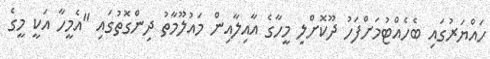
ހައްޔަރުގައި ބެހެއްޓުމަށްފަހު ދޫކޮށްލި މީހާގެ އާއިލާއިން މައުލޫމާތު ދިންގޮތުގައި "އެމީހާ އަކީ މީގެ